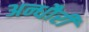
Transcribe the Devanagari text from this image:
अन्धौरी